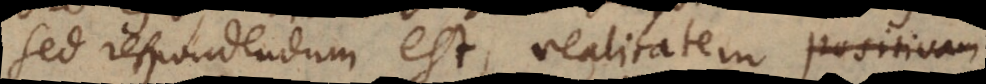
Sed respondendum est, realitatem